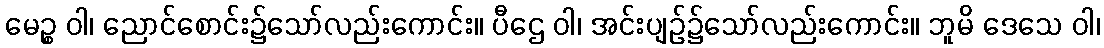
မေဉ္စ ဝါ၊ ညောင်စောင်း၌သော်လည်းကောင်း။ ပီဌေ ဝါ၊ အင်းပျဉ်၌သော်လည်းကောင်း။ ဘူမိ ဒေသေ ဝါ၊